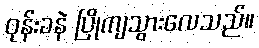
ဝုန်းခနဲ ပြိုကျသွားလေသည်။